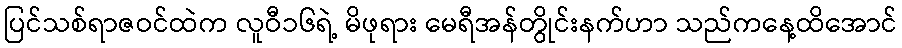
ပြင်သစ်ရာဇဝင်ထဲက လူဝီ၁၆ရဲ့ မိဖုရား မေရီအန်တွိုင်းနက်ဟာ သည်ကနေ့ထိအောင်